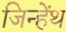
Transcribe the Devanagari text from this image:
जिन्हेंथ